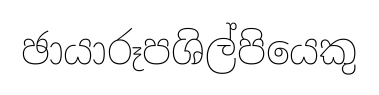
ඡායාරූපශිල්පියෙකු